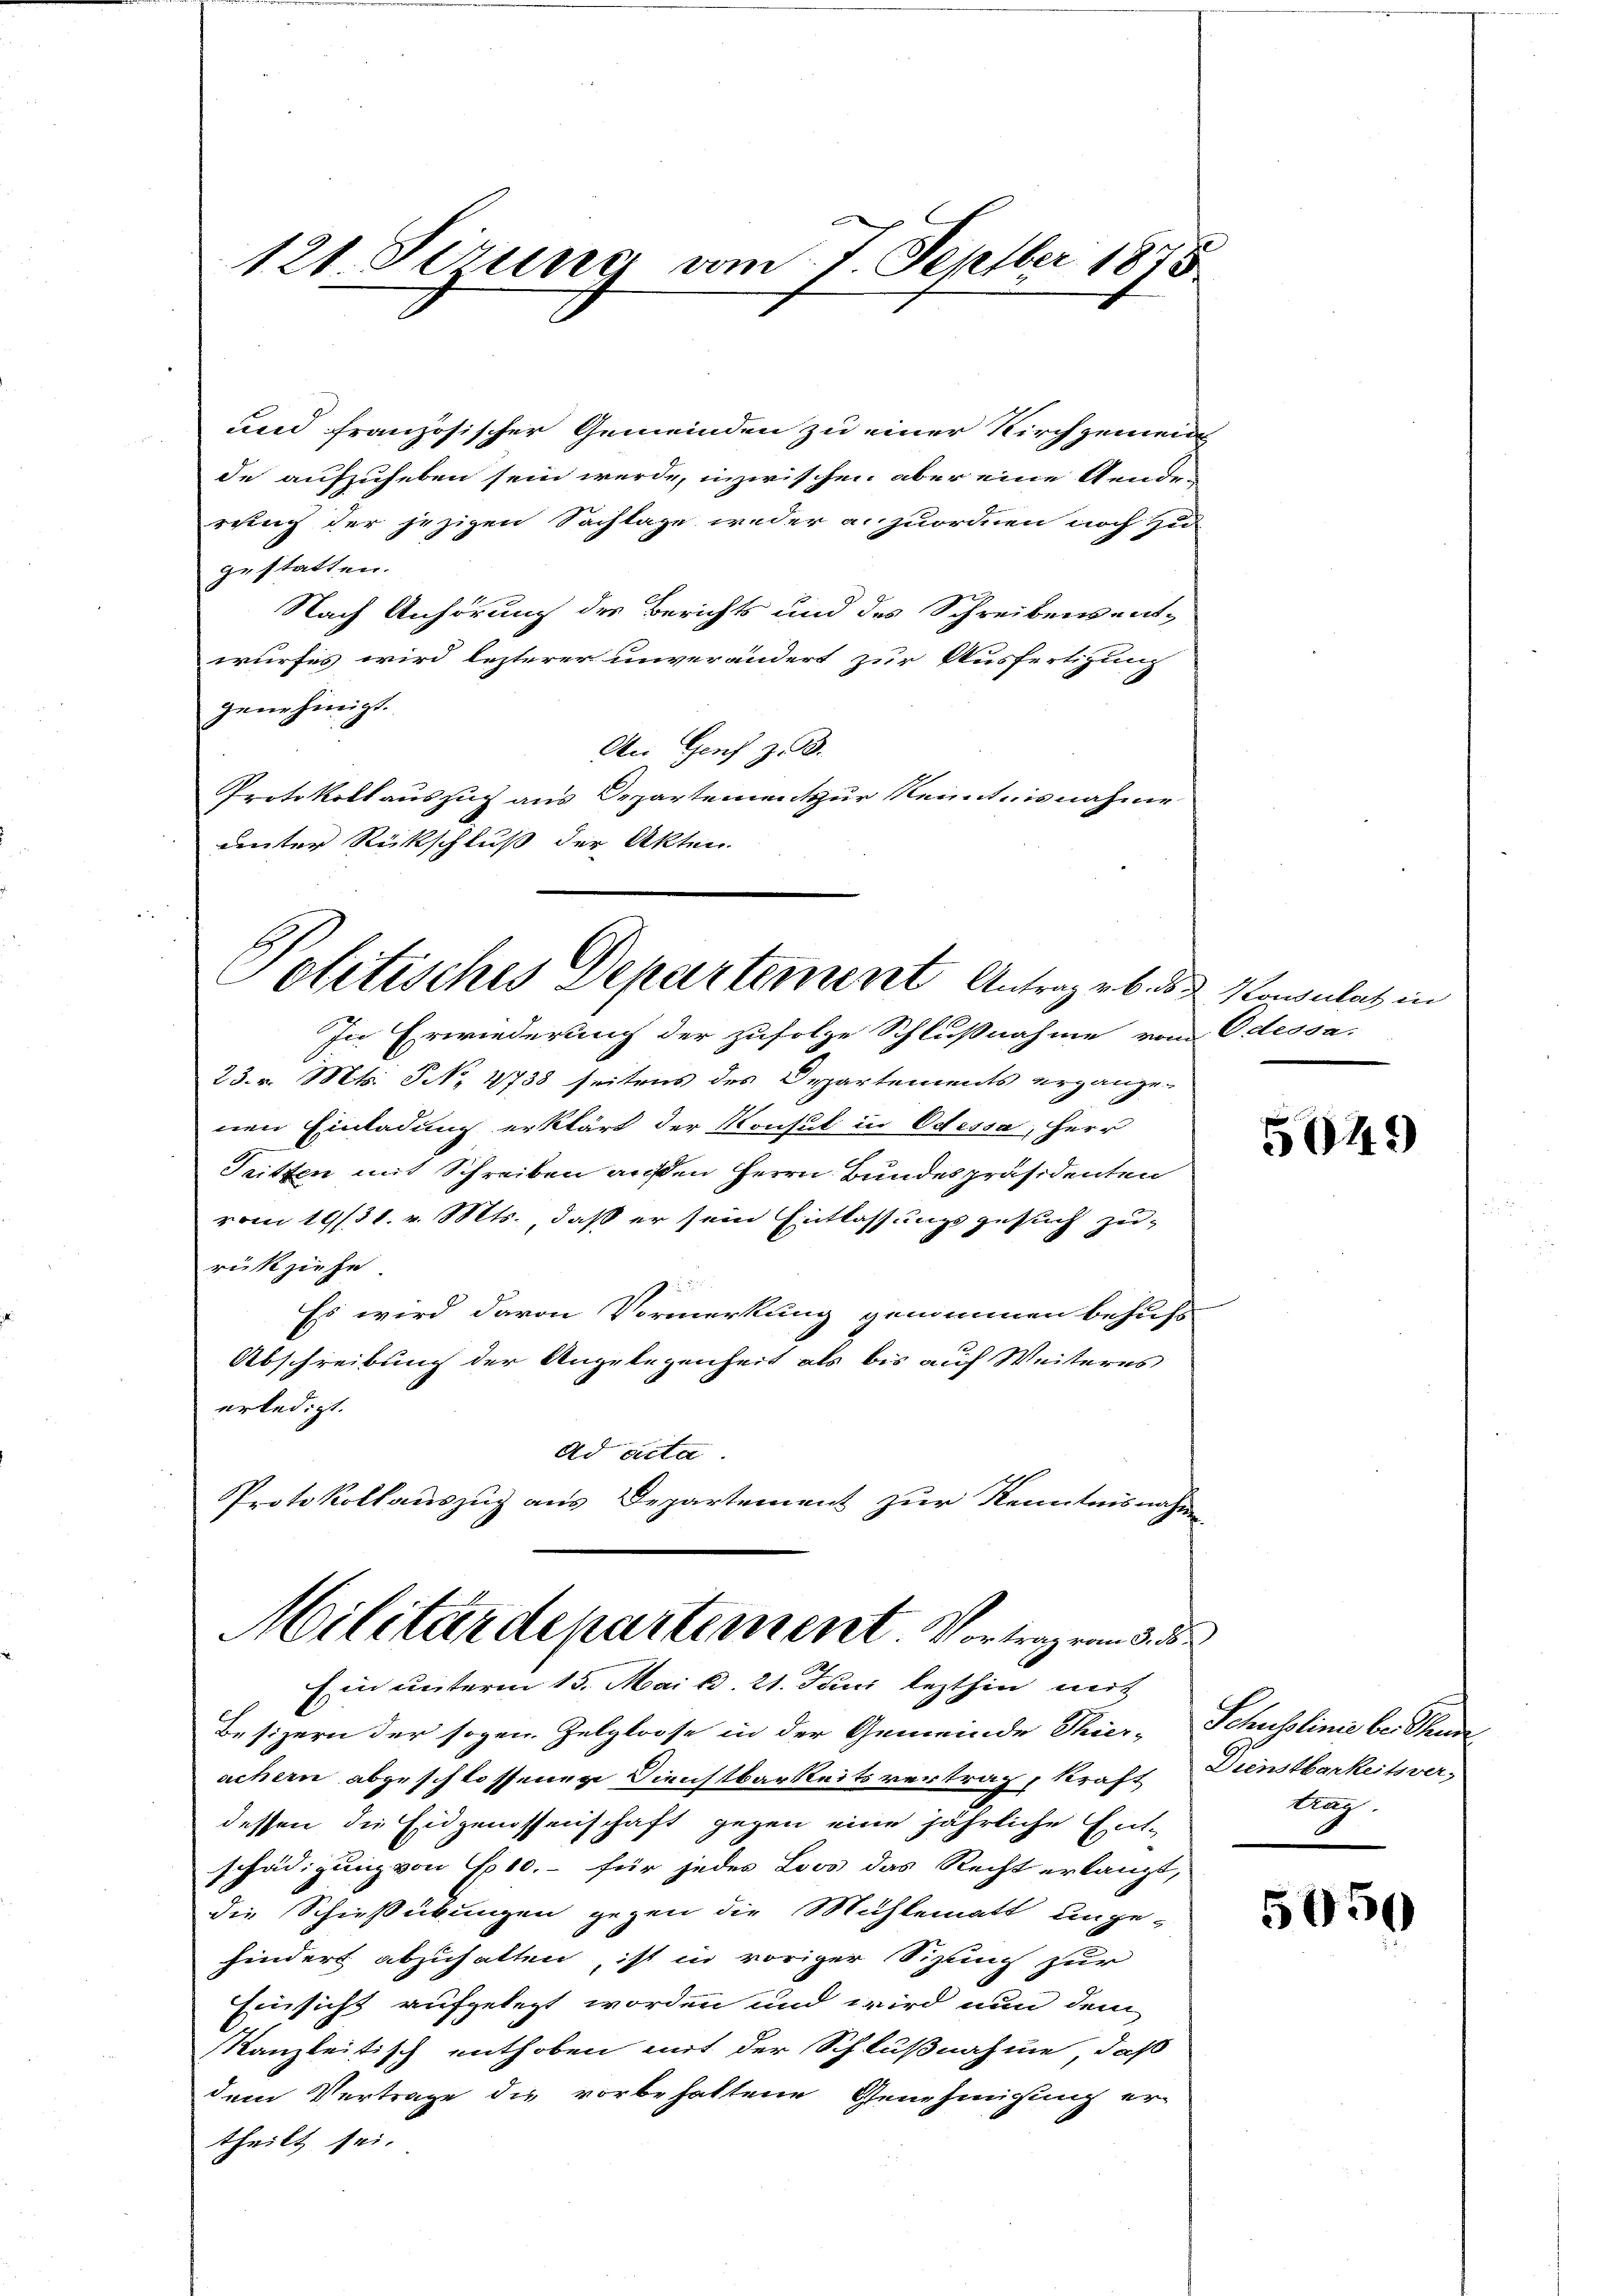
121. Sizung vom 7. Septber 1875

und französischer Gemeinden zu einer Kirchgemein
de aufzuheben sein werde, inzwischen aber eine Gende-
rung der jezigen Sachlage weder anzuordnen noch zu
gestatten.
Nach Anhörung des Berichts und des Schreibensent-
wurfes wird lezterer unverändert zur Ausfertigung
genehmigt.
An Genf z. B.
Protokollauszug aus Departement zur Kenntnisnahme
unter Rückschluß der Akten.

Politisches Departement Antrag ebe
In Erwiederung der zufolge Schlußnahme vom Odessa,

23. v. Mts. S. 2738 seitens des Departements ergänze.
nen Einladung erklärt der Konsul in Odessa, Herr
Teitten mit Schreiben außen Herrn Bundespräsidenten
vom 19/31. v. Mts. daß er sein Entlassungsgesuch zu-
rückziehe
Es wird davon Vormerkung genommen behufs
Abschreibung der Angelegenheit als bis auf Weiteres
erledigt.
Ad acta.
Protokollauszug aus Departement zur Kenntnisnahme
Militärdepartement. Vortragen d. 5

Ein unterm 15. Mai d. 21. Juni lezthin mit

Besizern der sogen. Zelglosse in der Gemeinde Thier- Schusslinie bei Thun
achern abgeschlossenen Dienstbarkeitsvertrag, kraft Dienstbarkeitsver-
dessen die Eidgenossenschaft gegen eine jährliche Entschädigung von 10.- für jedes Loos das Recht erlangt,
die Schießübungen gegen die Mühlematt unge-
hindert abzuhalten, ist in voriger Sizung zur
Einsicht aufgelegt worden und wird nun dem
Kanzleitisch enthoben mit der Schlußnahme, daß
dem Vertrage die vorbehaltene Genehmigung er-
theilt sei.

2. Konsulat in

5049

Aug.

5050